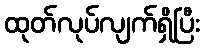
ထုတ်လုပ်လျက်ရှိပြီး